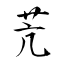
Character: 苀